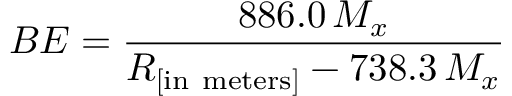
B E = { \frac { 8 8 6 . 0 \, M _ { x } } { R _ { \left[ { \mathrm { i n ~ m e t e r s } } \right] } - 7 3 8 . 3 \, M _ { x } } }